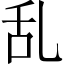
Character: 乱